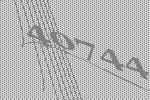
40744